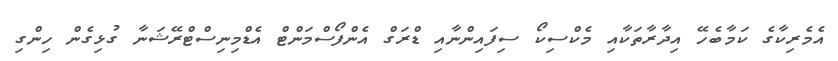
އެމެރިކާގެ ކަމާބެހޭ އިދާރާތަކާއި މެކްސިކޯ ސިފައިންނާއި ޑްރަގް އެންފޯސްމަންޓް އެޑްމިނިސްޓްރޭޝަނާ ގުޅިގެން ހިންގި